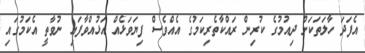
އެފަދަ ހާލަތަކަށް ދިއުމުގެ ކުރިން ރައްކާތެރިކަމުގެ އެއްވެސް ފިޔަވަޅެއް އަޅުއްވާފައި ނުވާތީ އެކަމުގައި